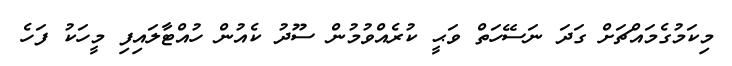
މިކަމުގެމައްޗަށް ގަދަ ނަސޭހަތް ވަޙީ ކުރެއްވުމުން ސޫދު ކެއުން ހުއްޓާލައިފި މީހަކު ފަހެ